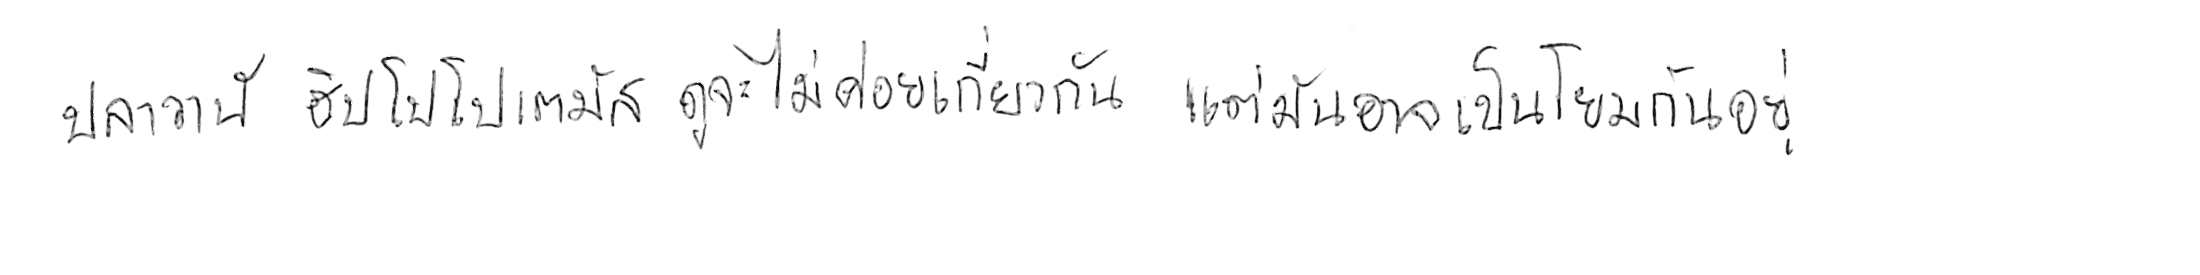
ปลาวาฬ กับ ฮิปโปโปเตมัส ดูจะไม่ค่อยเกี่ยวกัน แต่มันอาจเป็นญาติโยมกันอยู่